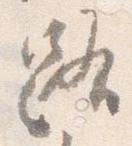
路